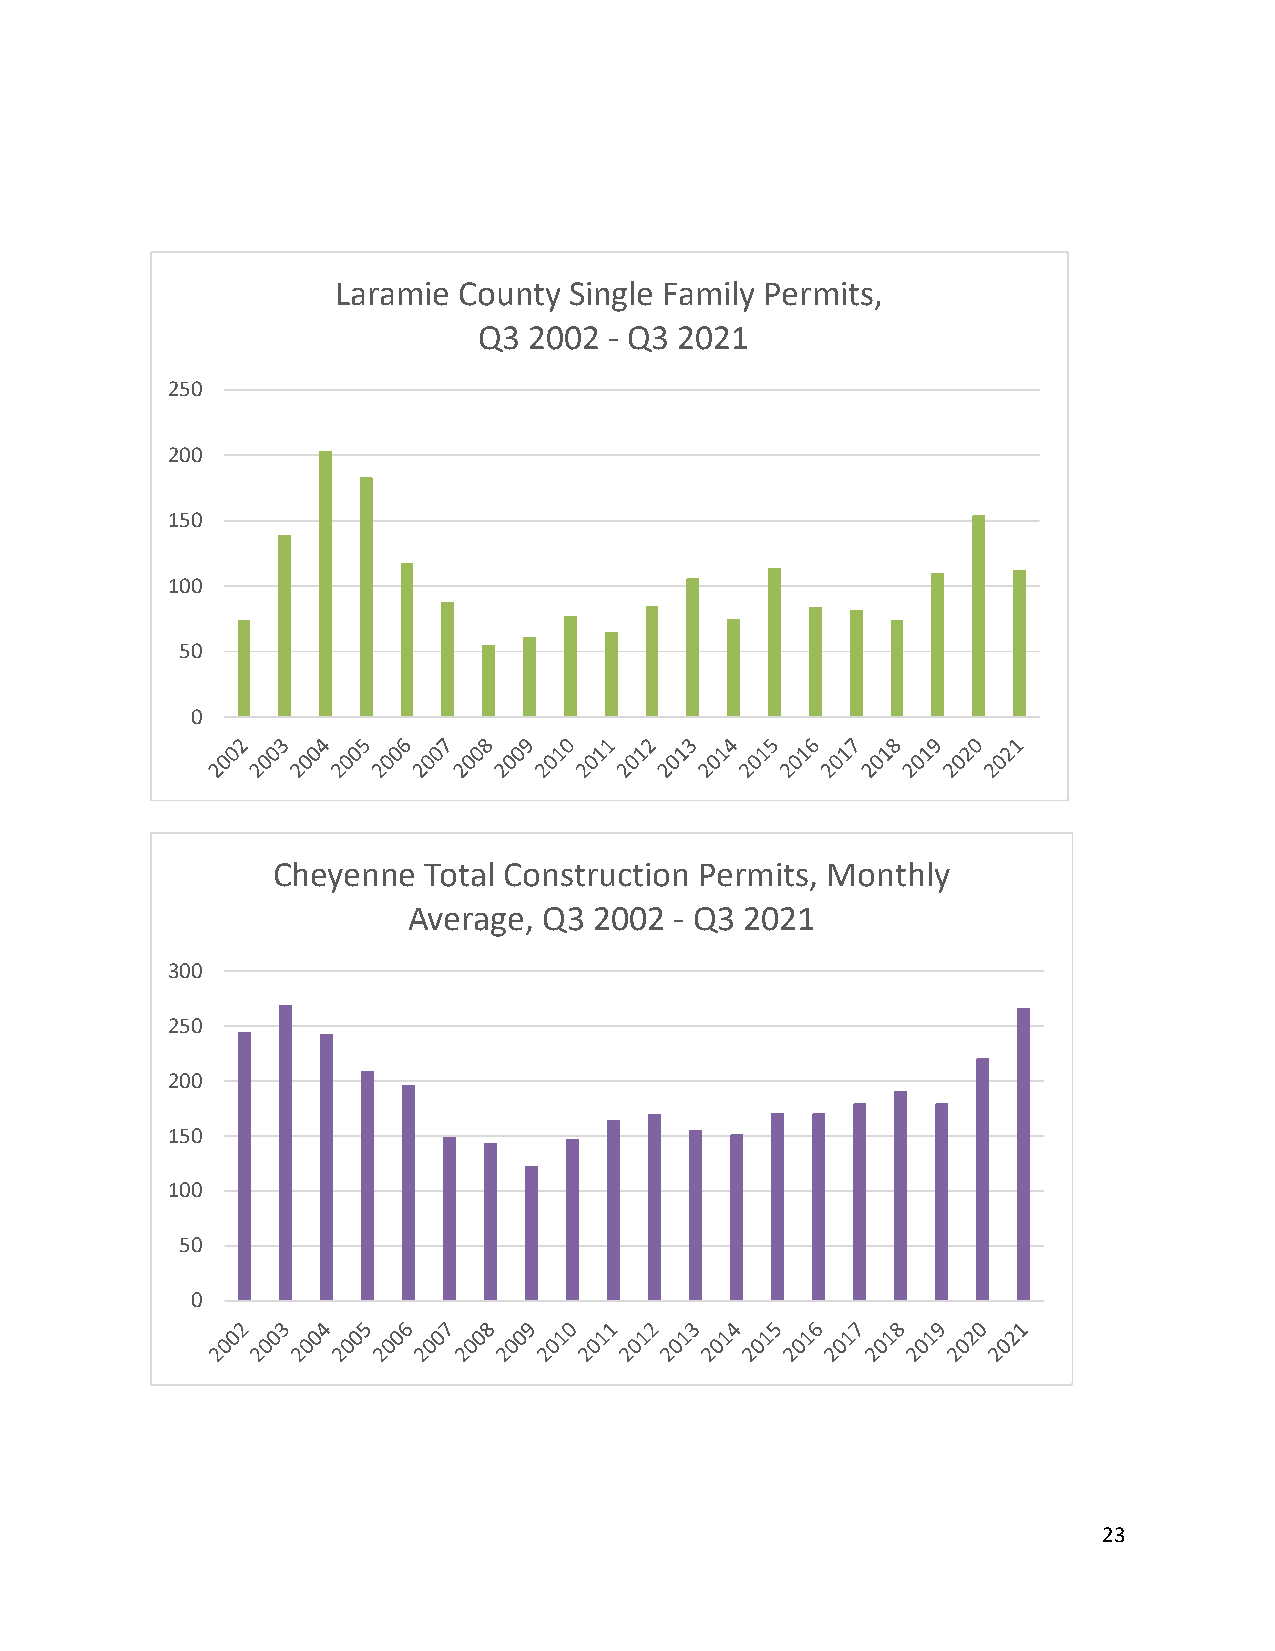
Laramie County  Single Family Permits,
 Q3 2002 - Q3 2021
 250
 200
 150
 100
 50
 0
 Cheyenne  Total Construction Permits, Monthly
 Average, Q3 2002  - Q3 2021
 300
 250
 200
 150
 100
 50
 0
 23